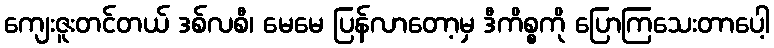
ကျေးဇူးတင်တယ် ဒစ်လစီ၊ မေမေ ပြန်လာတော့မှ ဒီကိစ္စကို ပြောကြသေးတာပေါ့